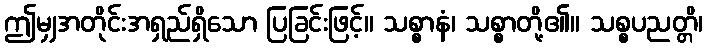
ဤမျှအတိုင်းအရှည်ရှိသော ပြခြင်းဖြင့်။ သစ္စာနံ၊ သစ္စာတို့၏။ သစ္စပညတ္တိ၊